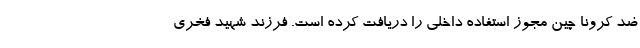
ضد کرونا چین مجوز استفاده داخلی را دریافت کرده است. فرزند شهید فخری